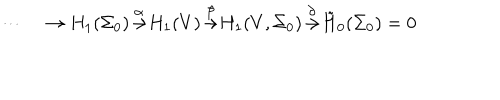
\cdots \quad \rightarrow H _ { 1 } ( \Sigma _ { 0 } ) { \frac { \buildrel \alpha } { \rightarrow } } H _ { 1 } ( V ) { \frac { \buildrel \beta } { \rightarrow } } H _ { 1 } ( V , \Sigma _ { 0 } ) { \frac { \buildrel \partial } { \rightarrow } } { \tilde { H } _ { 0 } } ( \Sigma _ { 0 } ) = 0 \quad